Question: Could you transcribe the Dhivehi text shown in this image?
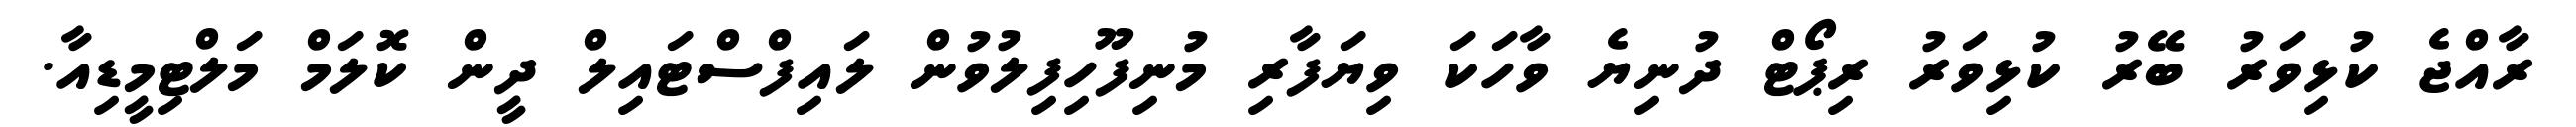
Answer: ރާއްޖެ ކުޅިވަރު ބޭރު ކުޅިވަރު ރިޕޯޓް ދުނިޔެ ވާހަކަ ވިޔަފާރި މުނިފޫހިފިލުވުން ލައިފްސްޓައިލް ދީން ކޮލަމް މަލްޓިމީޑިއާ.